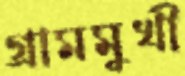
গ্রামমুখী